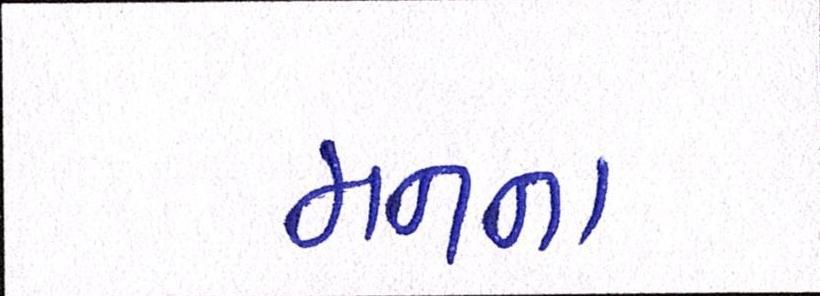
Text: મનના